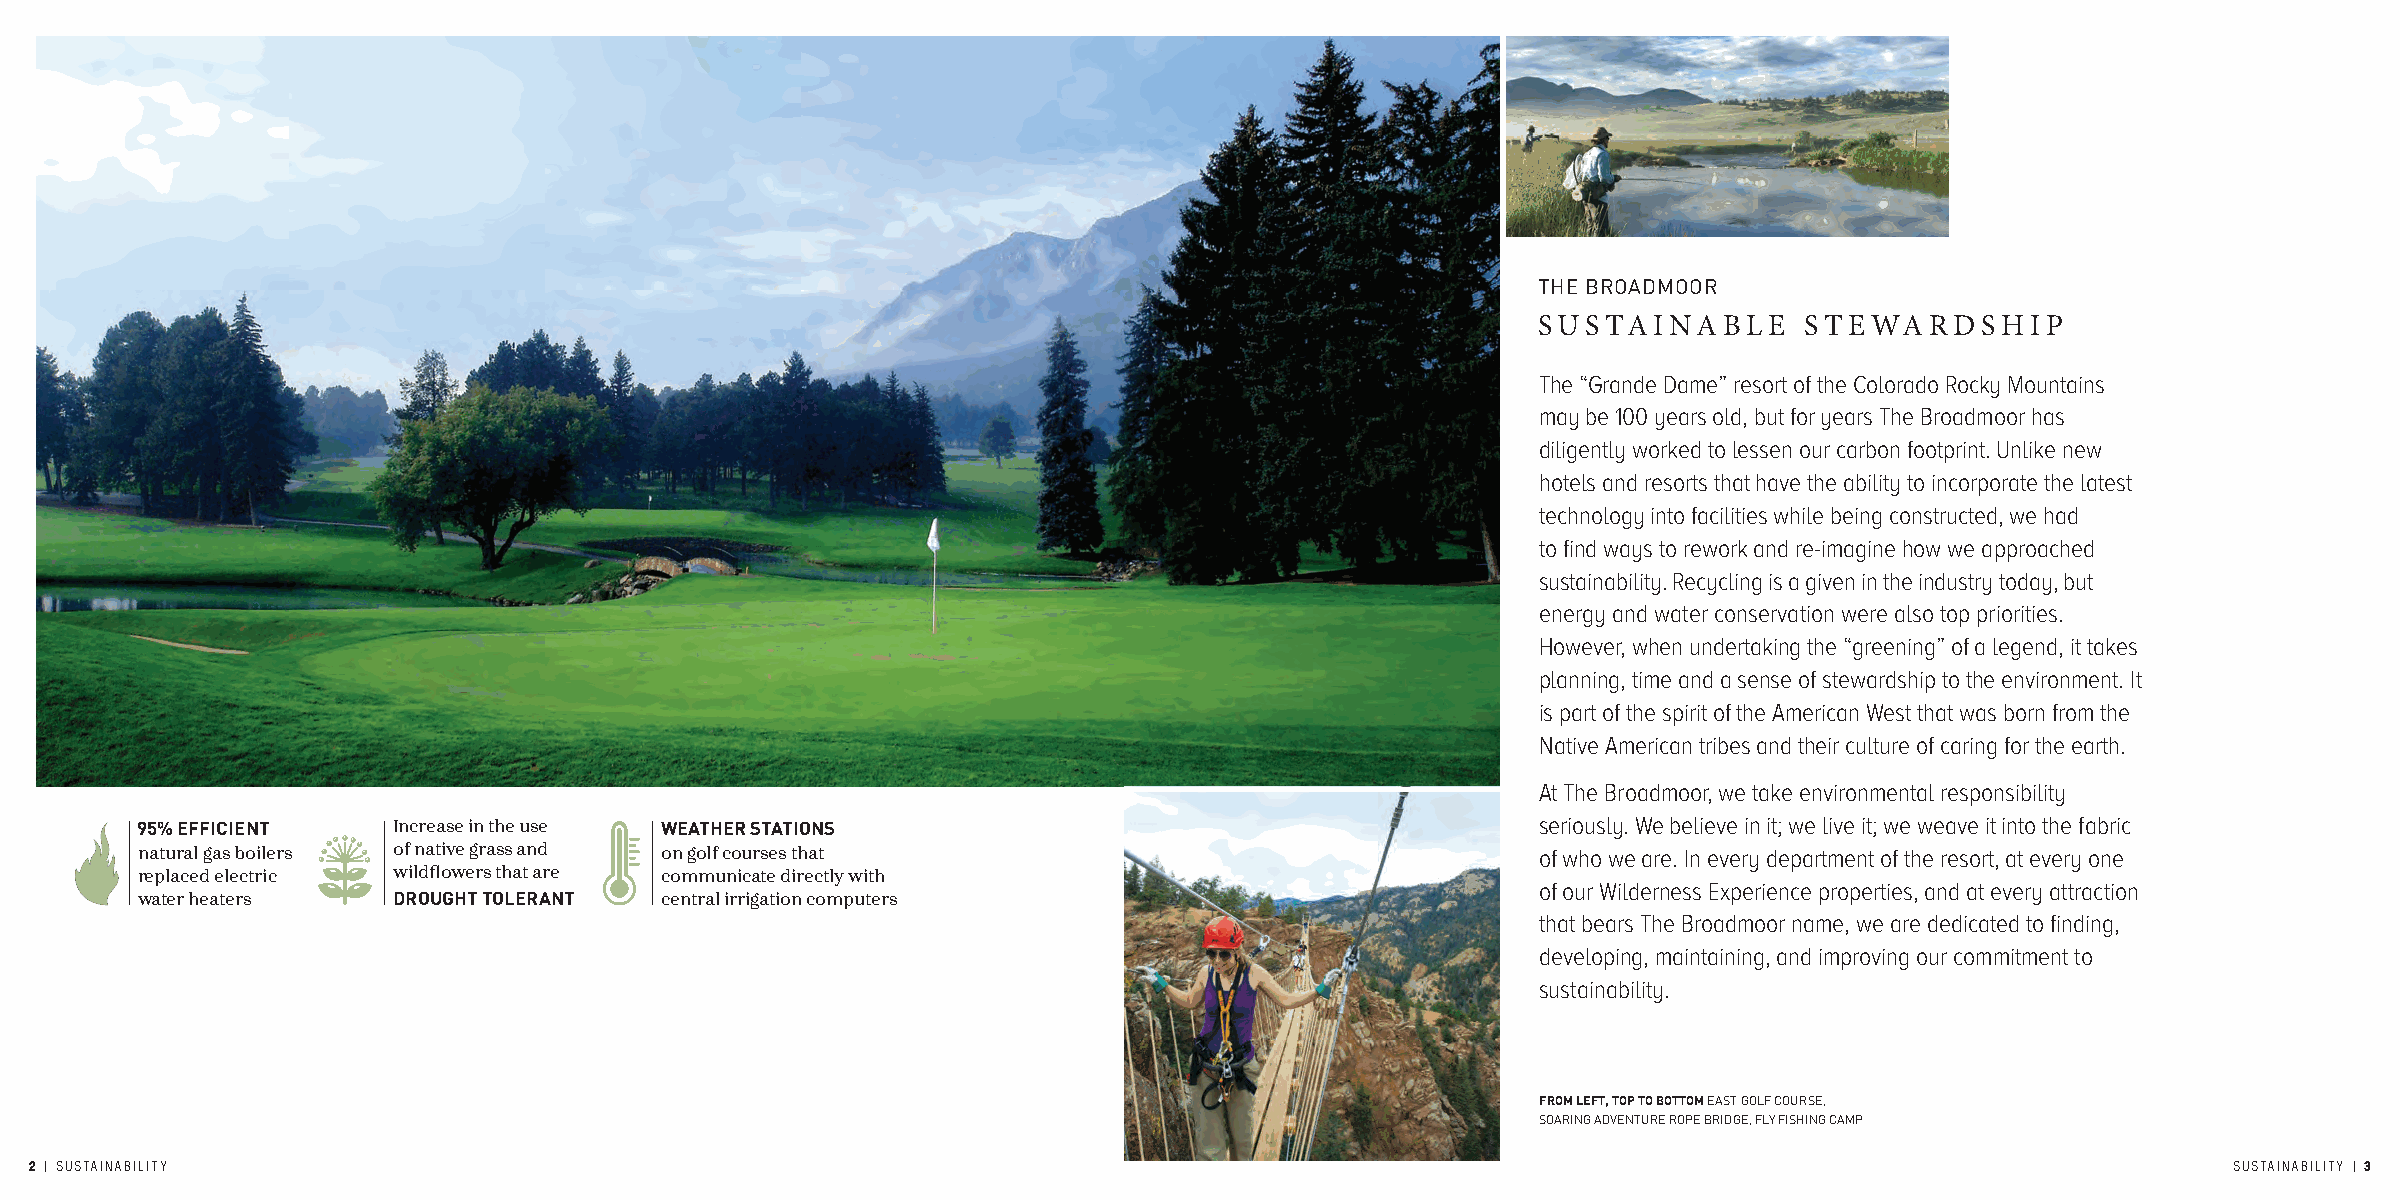
THE BROADMOOR
 SUSTAINABLE      STEWARDSHIP
 The “Grande Dame” resort of the Colorado Rocky Mountains
 may be 100 years old, but for years The Broadmoor has
 diligently worked to lessen our carbon footprint. Unlike new
 hotels and resorts that have the ability to incorporate the latest
 technology into facilities while being constructed, we had
 to find ways to rework and re-imagine how we approached
 sustainability. Recycling is a given in the industry today, but
 energy and water conservation were also top priorities.
 However, when undertaking the “greening” of a legend, it takes
 planning, time and a sense of stewardship to the environment. It
 is part of the spirit of the American West that was born from the
 Native American tribes and their culture of caring for the earth.
 At The Broadmoor, we take environmental responsibility
 95% EFFICIENT    Increase in the use WEATHER STATIONS                                        seriously. We believe in it; we live it; we weave it into the fabric
 natural gas boilers of native grass and on golf courses that                                 of who we are. In every department of the resort, at every one
 replaced electric wildflowers that are communicate directly with
 of our Wilderness Experience properties, and at every attraction
 water heaters    DROUGHT TOLERANT  central irrigation computers
 that bears The Broadmoor name, we are dedicated to finding,
 developing, maintaining, and improving our commitment to
 sustainability.
 FROM LEFT, TOP TO BOTTOM EAST GOLF COURSE,
 SOARING ADVENTURE ROPE BRIDGE, FLY FISHING CAMP
 2 | SUSTAINABILITY                                                                                                                                SUSTAINABILITY | 3